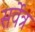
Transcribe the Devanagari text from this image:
सर्वेत्र